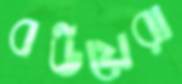
বউয়েরা